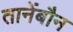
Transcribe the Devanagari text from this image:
तानेंबौन